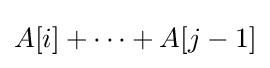
A[i]+\cdots +A[j-1]